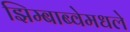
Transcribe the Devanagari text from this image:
झिम्बाब्वेमधले